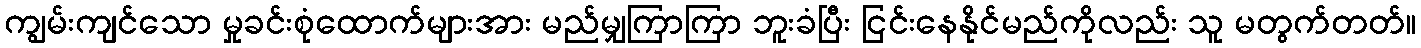
ကျွမ်းကျင်သော မှုခင်းစုံထောက်များအား မည်မျှကြာကြာ ဘူးခံပြီး ငြင်းနေနိုင်မည်ကိုလည်း သူ မတွက်တတ်။